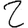
Digit: 2